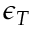
\epsilon _ { T }